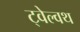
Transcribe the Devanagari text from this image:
ट्वेल्वथ